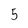
Character: 5